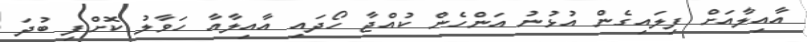
އާއިލާއަށް ފިލައިގެން އުޅުނު އަންހެން ކުއްޖާ ހޯދައި އާއިލާއާ ހަވާލު ކޮށްފި ބުދަ